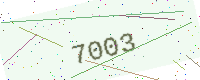
Text: 7003